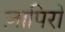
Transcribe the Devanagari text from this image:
ज़ापिरो